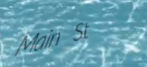
Main St